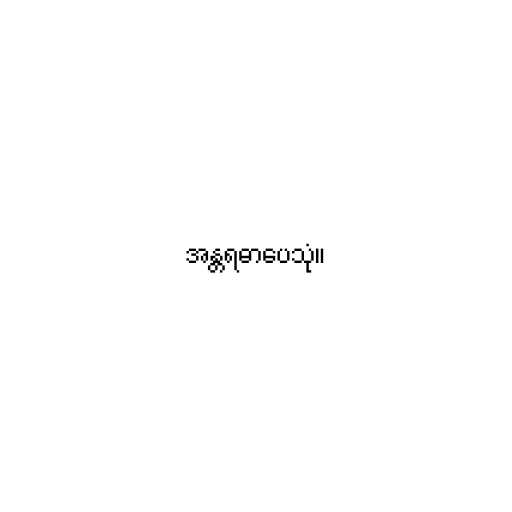
အန္တရဓာပေသုံ။